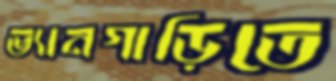
ভ্যানগাড়িতে